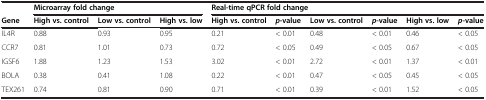
<table><thead><tr><td></td><td colspan="3"><b>Microarray fold change</b></td><td colspan="6"><b>Real-time qPCR fold change</b></td></tr><tr><td><b>Gene</b></td><td><b>High vs. control</b></td><td><b>Low vs. control</b></td><td><b>High vs. low</b></td><td><b>High vs. control</b></td><td><b><i>p</i>-value</b></td><td><b>Low vs. control</b></td><td><b><i>p</i>-value</b></td><td><b>High vs. low</b></td><td><b><i>p</i>-value</b></td></tr></thead><tbody><tr><td>IL4R</td><td>0.88</td><td>0.93</td><td>0.95</td><td>0.21</td><td>&lt; 0.01</td><td>0.48</td><td>&lt; 0.01</td><td>0.46</td><td>&lt; 0.05</td></tr><tr><td>CCR7</td><td>0.81</td><td>1.01</td><td>0.73</td><td>0.72</td><td>&lt; 0.05</td><td>0.49</td><td>&lt; 0.05</td><td>0.67</td><td>&lt; 0.05</td></tr><tr><td>IGSF6</td><td>1.88</td><td>1.23</td><td>1.53</td><td>3.02</td><td>&lt; 0.01</td><td>2.72</td><td>&lt; 0.01</td><td>1.37</td><td>&lt; 0.01</td></tr><tr><td>BOLA</td><td>0.38</td><td>0.41</td><td>1.08</td><td>0.22</td><td>&lt; 0.01</td><td>0.47</td><td>&lt; 0.05</td><td>0.45</td><td>&lt; 0.05</td></tr><tr><td>TEX261</td><td>0.74</td><td>0.81</td><td>0.90</td><td>0.71</td><td>&lt; 0.01</td><td>0.39</td><td>&lt; 0.01</td><td>1.52</td><td>&lt; 0.05</td></tr></tbody></table>